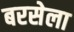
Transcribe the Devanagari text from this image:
बरसेला